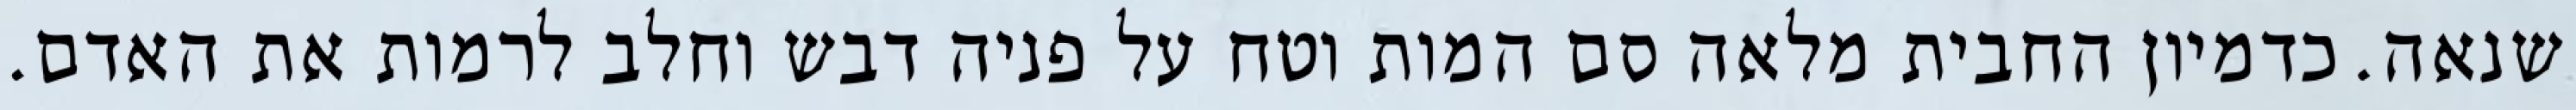
שנאה. כדמיון החבית מלאה סם המות וטח על פניה דבש וחלב לרמות את האדם.